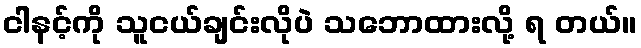
ငါနင့်ကို သူငယ်ချင်းလိုပဲ သဘောထားလို့ ရ တယ်။